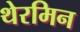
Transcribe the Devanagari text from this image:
थेरमिन